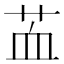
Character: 䒸